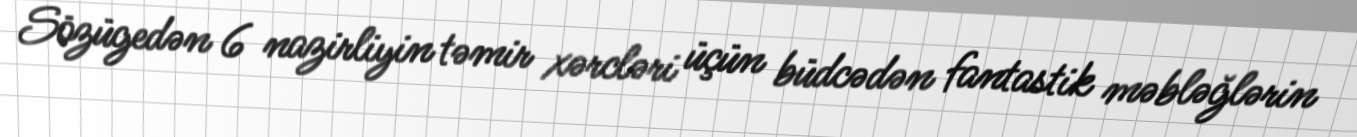
Sözügedən 6 nazirliyin təmir xərcləri üçün büdcədən fantastik məbləğlərin